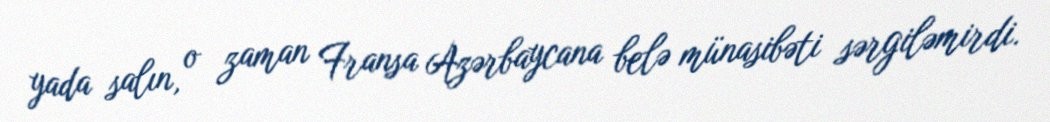
yada salın, o zaman Fransa Azərbaycana belə münasibəti sərgiləmirdi.